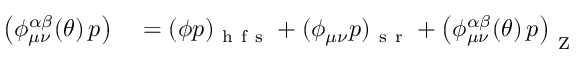
\begin{array} { r l } { \left( \phi _ { \mu \nu } ^ { \alpha \beta } ( \theta ) \, p \right) } & { { } = ( \phi p ) _ { \mathrm { ~ h ~ f ~ s ~ } } + ( \phi _ { \mu \nu } p ) _ { \mathrm { ~ s ~ r ~ } } + \left( \phi _ { \mu \nu } ^ { \alpha \beta } ( \theta ) \, p \right) _ { \mathrm { ~ Z ~ } } } \end{array}